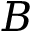
B